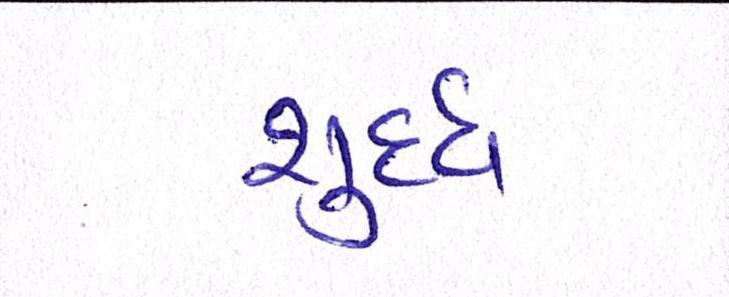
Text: શુધ્ધ